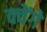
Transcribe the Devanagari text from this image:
क्वेंगे